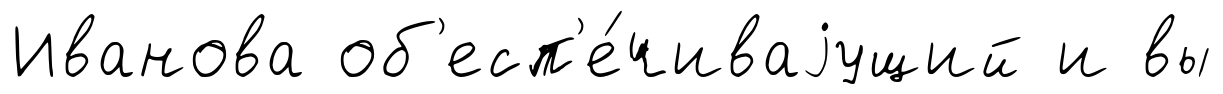
Иванова об'есп'е́чиваjущий и вы